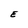
Character: E